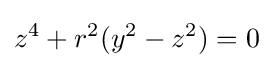
z^{4}+r^{2}(y^{2}-z^{2})=0